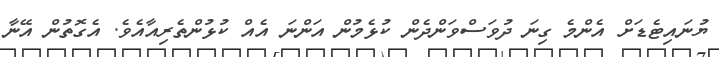
ޔުނައިޓެޑަށް އެންމެ ގިނަ ދުވަސްވަންދެން ކުޅެމުން އަންނަ އެއް ކުޅުންތެރިއާއެވެ. އެގޮތުން އޭނާ